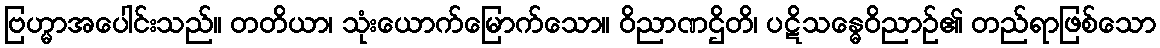
ဗြဟ္မာအပေါင်းသည်။ တတိယာ၊ သုံးယောက်မြောက်သော။ ဝိညာဏဌိတိ၊ ပဋိသန္ဓေဝိညာဉ်၏ တည်ရာဖြစ်သော